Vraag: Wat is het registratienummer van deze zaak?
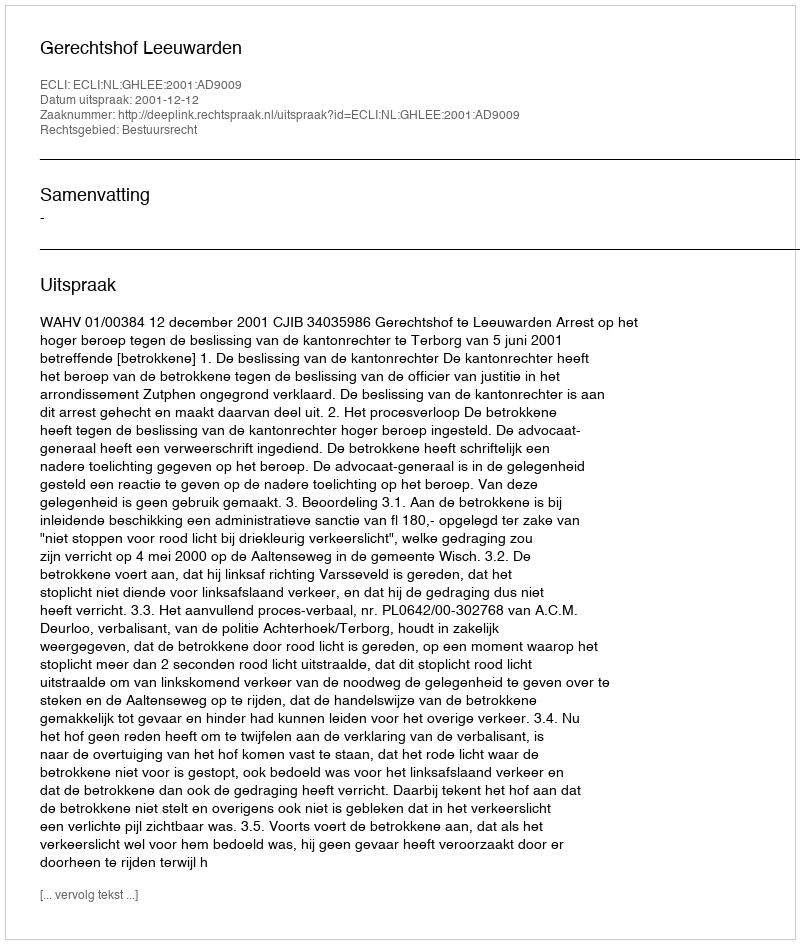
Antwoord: http://deeplink.rechtspraak.nl/uitspraak?id=ECLI:NL:GHLEE:2001:AD9009